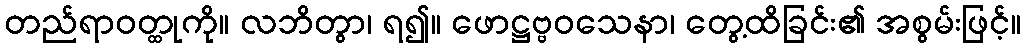
တည်ရာဝတ္ထုကို။ လဘိတွာ၊ ရ၍။ ဖောဋ္ဌဗ္ဗဝသေနာ၊ တွေ့ထိခြင်း၏ အစွမ်းဖြင့်။